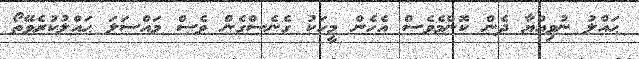
ޙައްލު ނުވިއްޔާ ދެން ކޮންމެވެސް އެހެން މީހަކު ގެނެސްގެން ވެސް މައްސަލަ ޙައްލުކުރެވޭތޯ